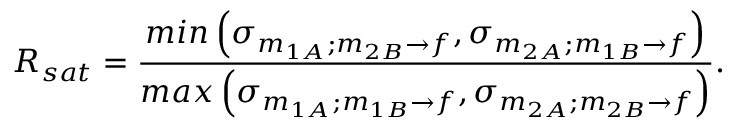
R _ { s a t } = \frac { m i n \left( \sigma _ { m _ { 1 A } ; m _ { 2 B } \rightarrow f } , \sigma _ { m _ { 2 A } ; m _ { 1 B } \rightarrow f } \right) } { m a x \left( \sigma _ { m _ { 1 A } ; m _ { 1 B } \rightarrow f } , \sigma _ { m _ { 2 A } ; m _ { 2 B } \rightarrow f } \right) } .